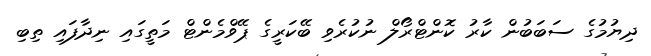
ދިޔުމުގެ ސަބަބުން ކާރު ކޮންޓްރޯލް ނުކުރެވި ބޭކަރީގެ ޕޭވްމެންޓް މަތީގައި ނިދާފައި ތިބި